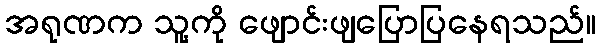
အရုဏက သူ့ကို ဖျောင်းဖျပြောပြနေရသည်။